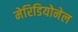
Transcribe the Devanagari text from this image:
मेरिडियोनेल